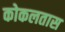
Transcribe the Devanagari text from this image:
कोकलतास